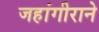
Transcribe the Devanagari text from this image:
जहांगीराने